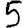
Digit: 5